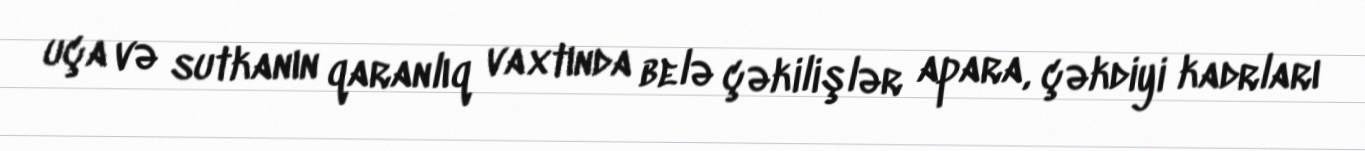
uça və sutkanın qaranlıq vaxtında belə çəkilişlər apara, çəkdiyi kadrları